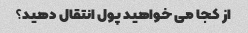
از کجا می خواهید پول انتقال دهید؟